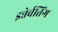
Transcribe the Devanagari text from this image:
इन्नेर्वतिंग